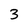
Character: 3